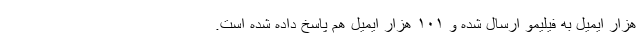
هزار ایمیل به فیلیمو ارسال شده و ۱۰۱ هزار ایمیل هم پاسخ داده شده است.